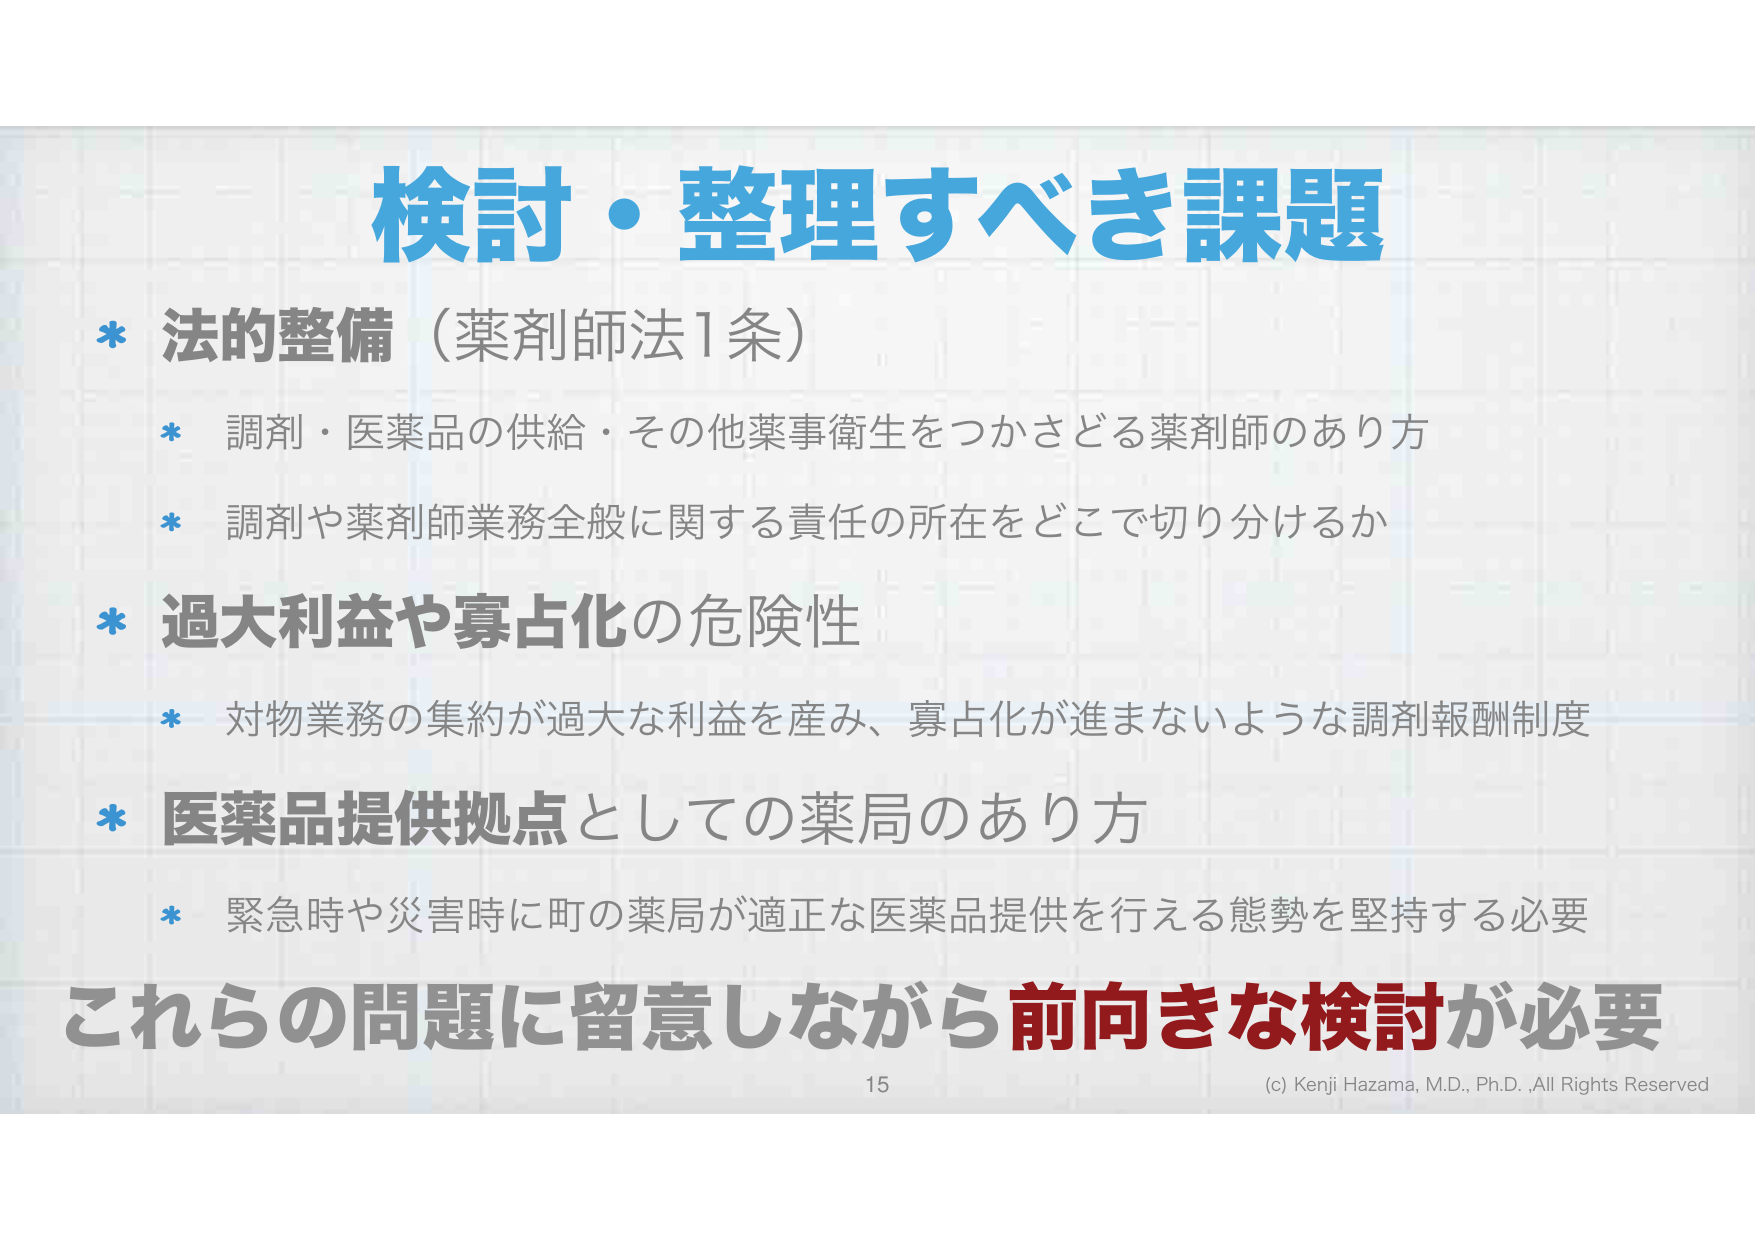
検討・整理すべき課題
* 法的整備（薬剤師法1条）
* 調剤・医薬品の供給・その他薬事衛生をつかさどる薬剤師のあり方
* 調剤や薬剤師業務全般に関する責任の所在をどこで切り分けるか
* 過大利益や寡占化の危険性
* 対物業務の集約が過大な利益を産み、寡占化が進まないような調剤報酬制度
* 医薬品提供拠点としての薬局のあり方
* 緊急時や災害時に町の薬局が適正な医薬品提供を行える態勢を堅持する必要
これらの問題に留意しながら前向きな検討が必要
15
(c) Kenji Hazama, M.D., Ph.D., All Rights Reserved